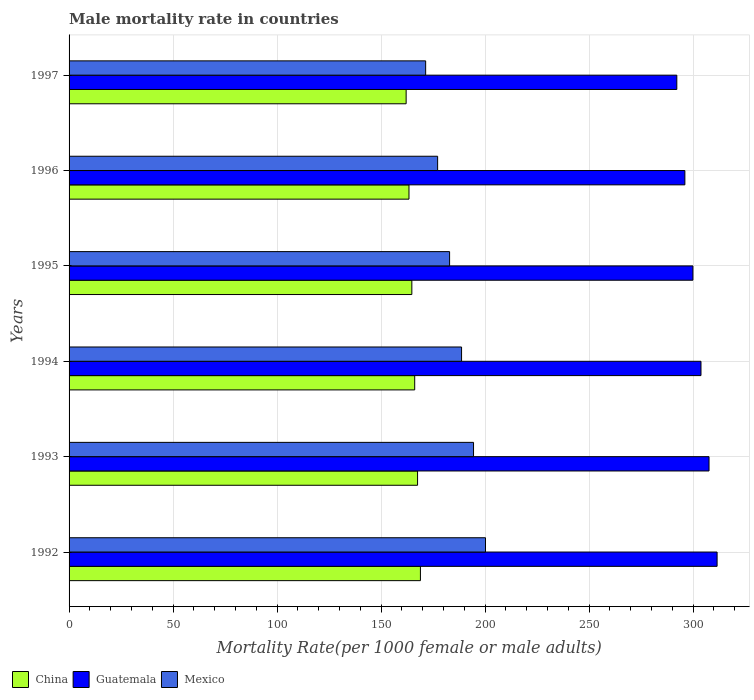
| Years | China | Guatemala | Mexico |
 | --- | --- | --- | --- |
 | 1992 | 169 | 312 | 200 |
 | 1993 | 168 | 308 | 194 |
 | 1994 | 166 | 304 | 189 |
 | 1995 | 165 | 300 | 183 |
 | 1996 | 163 | 296 | 177 |
 | 1997 | 162 | 292 | 171 |